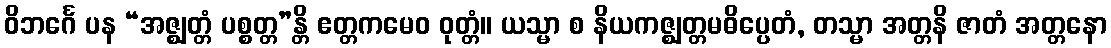
ဝိဘင်္ဂေ ပန “အဇ္ဈတ္တံ ပစ္စတ္တ”န္တိ ဧတ္တကမေဝ ဝုတ္တံ။ ယသ္မာ စ နိယကဇ္ဈတ္တမဓိပ္ပေတံ, တသ္မာ အတ္တနိ ဇာတံ အတ္တနော